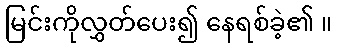
မြင်းကိုလွှတ်ပေး၍ နေရစ်ခဲ့၏ ။